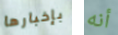
بإخبارها أنه